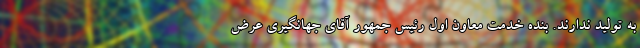
به تولید ندارند. بنده خدمت معاون اول رئیس جمهور آقای جهانگیری عرض